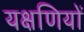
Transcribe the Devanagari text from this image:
यक्षणियों